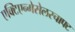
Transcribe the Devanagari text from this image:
एक्टिएन्गेसेलस्चाफ्ट